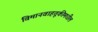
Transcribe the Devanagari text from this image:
विमानवाहतूकीमधील